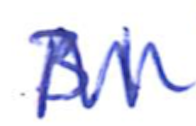
Text: 31
Cross-out: zig-zag
Writing tool: ballpoint